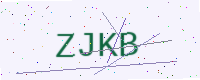
Text: ZJKB